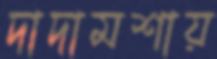
দাদামশায়